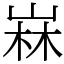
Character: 𡹇